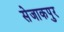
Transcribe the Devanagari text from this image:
सेजाकपुर